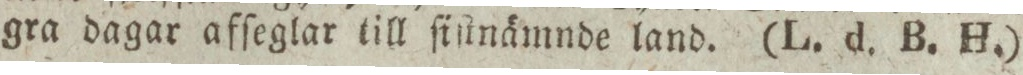
gra dagar afſeglar till ſiſtnämnde land. (L. d. B. H.)